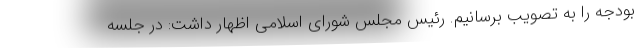
بودجه را به تصویب برسانیم. رئیس مجلس شورای اسلامی اظهار داشت: در جلسه